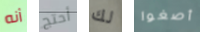
أنه أحتج لك أصغوا